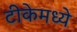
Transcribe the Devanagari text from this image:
टीकेमध्ये